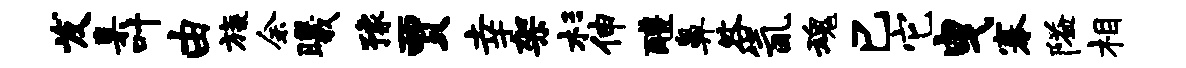
发臬叶由旒余曦豫贾幸架杉伸醴鼻咎氤魂巳它曳搴隘相